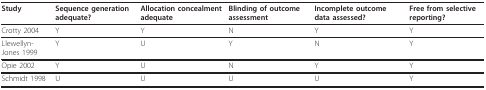
<table><thead><tr><td><b>Study</b></td><td><b>Sequence generation adequate?</b></td><td><b>Allocation concealment adequate</b></td><td><b>Blinding of outcome assessment</b></td><td><b>Incomplete outcome data assessed?</b></td><td><b>Free from selective reporting?</b></td></tr></thead><tbody><tr><td>Crotty 2004</td><td>Y</td><td>Y</td><td>N</td><td>Y</td><td>Y</td></tr><tr><td>Llewellyn-Jones 1999</td><td>Y</td><td>U</td><td>Y</td><td>N</td><td>Y</td></tr><tr><td>Opie 2002</td><td>Y</td><td>U</td><td>N</td><td>Y</td><td>Y</td></tr><tr><td>Schmidt 1998</td><td>U</td><td>U</td><td>U</td><td>U</td><td>Y</td></tr></tbody></table>